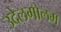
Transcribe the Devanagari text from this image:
उदेलगोलम